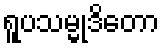
ရူပသမ္မုဒိတော